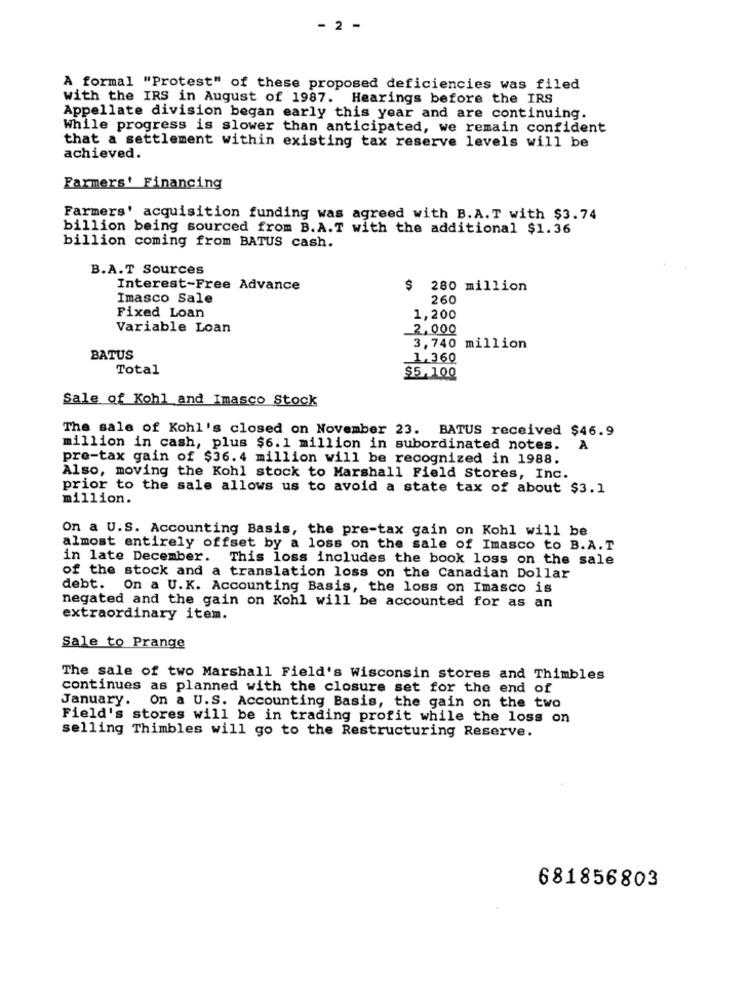
- 2 -
A formal "Protest" of these proposed deficiencies was filed
with the IRS in August of 1987. Hearings before the IRS
Appellate division began early this year and are continuing.
While progress is slower than anticipated, we remain confident
that a settlement within existing tax reserve levels will be
achieved.
Farmers' Financing
Farmers' acquisition funding was agreed with B.A.T with $3.74
billion being sourced from B.A.T with the additional $1.36
billion coming from BATUS cash.
B.A.T Sources
Interest-Free Advance
280 million
Imasco Sale
260
Fixed Loan
1,200
Variable Loan
2,000
3,740 million
BATUS
1,360
Total
$5.100
Sale of Kohl and Imasco Stock
The sale of Kohl's closed on November 23. BATUS received $46.9
million in cash, plus $6. 1 million in subordinated notes.
pre-tax gain of $36. 4 million will be recognized in 1988.
Also, moving the Kohl stock to Marshall Field Stores, Inc.
prior to the sale allows us to avoid a state tax of about $3.1
million.
On a U.S. Accounting Basis, the pre-tax gain on Kohl will be
almost entirely offset by a loss on the sale of Imasco to B.A. T
in late December.
This loss includes the book loss on the sale
of the stock and a translation loss on the Canadian Dollar
debt. On a U.K. Accounting Basis, the loss on Imasco is
negated and the gain on Kohl will be accounted for as an
extraordinary item.
Sale to Prange
The sale of two Marshall Field's Wisconsin stores and Thimbles
continues as planned with the closure set for the end of
January.
On a U.S. Accounting Basis, the gain on the two
Field's stores will be in trading profit while the loss on
selling Thimbles will go to the Restructuring Reserve.
681856803